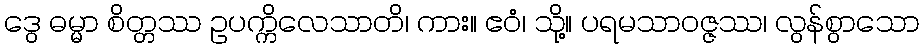
ဒွေ ဓမ္မာ စိတ္တဿ ဥပက္ကိလေသာတိ၊ ကား။ ဧဝံ၊ သို့။ ပရမသာဝဇ္ဇဿ၊ လွန်စွာသော